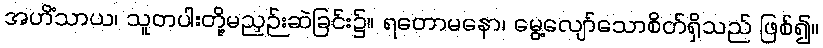
အဟိံသာယ၊ သူတပါးတို့မညှဉ်းဆဲခြင်း၌။ ရတောမနော၊ မွေ့လျော်သောစိတ်ရှိသည် ဖြစ်၍။